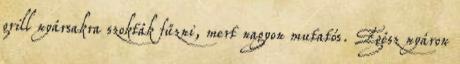
grill nyársakra szokták fűzni, mert nagyon mutatós. Egész nyáron